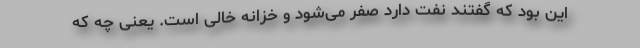
این بود که گفتند نفت دارد صفر می‌شود و خزانه خالی است. یعنی چه که